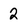
Character: 2